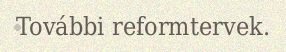
További reformtervek.